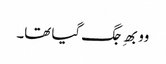
وو بھِ جگ گیا تھا۔